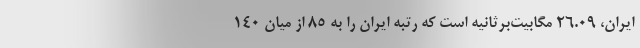
ایران، ۲۶.۰۹ مگابیت‌برثانیه است که رتبه ایران را به ۸۵ از میان ۱۴۰